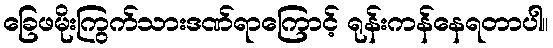
ခြေဖမိုးကြွက်သားဒဏ်ရာကြောင့် ရုန်းကန်နေရတာပါ။